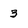
Character: 3